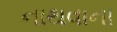
નાથવાના